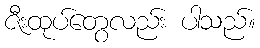
ဇီးထုပ်တွေလည်း ပါသည်။